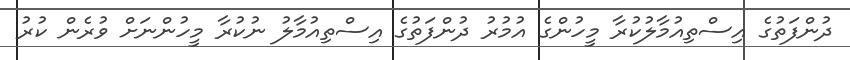
ދުންފަތުގެ އިސްތިއުމާލުކުރާ މީހުންގެ އުމުރު ދުންފަތުގެ އިސްތިއުމާލު ނުކުރާ މީހުންނަށް ވުރެން ކުރު